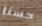
حسنا